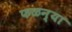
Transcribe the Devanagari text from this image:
फळन्या